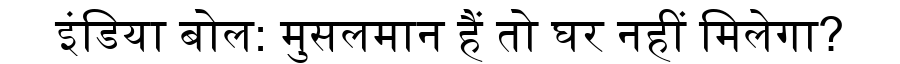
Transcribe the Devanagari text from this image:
इंडिया बोल: मुसलमान हैं तो घर नहीं मिलेगा?